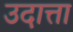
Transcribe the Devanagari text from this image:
उदात्ता